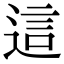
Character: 這